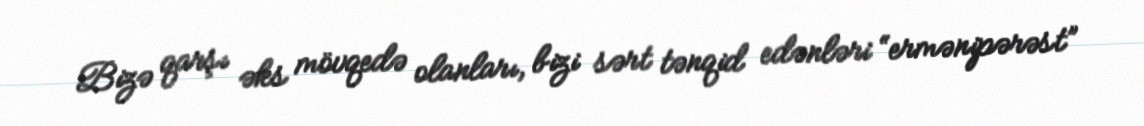
Bizə qarşı əks mövqedə olanları, bizi sərt tənqid edənləri “ermənipərəst”